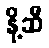
နို့ဆီ